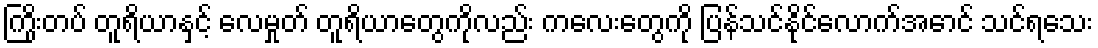
ကြိုးတပ် တူရိယာနှင့် လေမှုတ် တူရိယာတွေကိုလည်း ကလေးတွေကို ပြန်သင်နိုင်လောက်အောင် သင်ရသေး